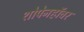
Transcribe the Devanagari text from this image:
शोपेनहॉवर